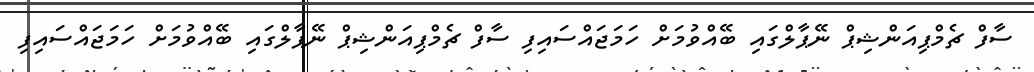
ސާފް ޗެމްޕިއަންޝިޕް ނޭޕާލްގައި ބޭއްވުމަށް ހަމަޖައްސައިފި ސާފް ޗެމްޕިއަންޝިޕް ނޭޕާލްގައި ބޭއްވުމަށް ހަމަޖައްސައިފި